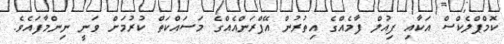
ކޮމްޕްލެކްސް އަކާއި ފިއުލް ފާމެއްގެ އިތުރުން އޭޕްރަންއެއްގެ މަސައްކަތް ކުރުމަށް ވަނީ ނިންމާފައެވެ.